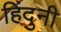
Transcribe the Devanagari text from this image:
हिंदुनी